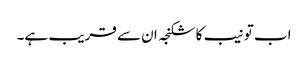
اب تو نیب کا شکنجہ ان سے قریب ہے۔